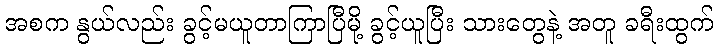
အစက နွယ်လည်း ခွင့်မယူတာကြာပြီမို့ ခွင့်ယူပြီး သားတွေနဲ့ အတူ ခရီးထွက်